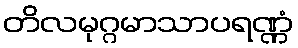
တိလမုဂ္ဂမာသာပရဏ္ဏံ